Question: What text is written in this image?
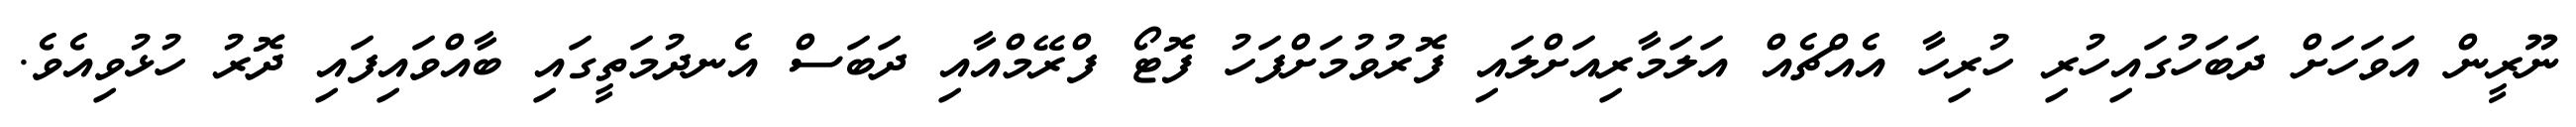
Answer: ނޫރީން އަވަހަށް ދަބަހުގައިހުރި ހުރިހާ އެއްޗެއް އަލަމާރިއަށްލައި ފޮރުވުމަށްފަހު ފޮޓޯ ފްރޭމްއާއި ދަބަސް އެނދުމަތީގައި ބާއްވައިފައި ދޮރު ހުޅުވިއެވެ.